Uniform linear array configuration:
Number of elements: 24
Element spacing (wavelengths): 0.25
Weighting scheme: hann
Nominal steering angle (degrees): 45
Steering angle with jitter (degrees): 44.012
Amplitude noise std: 0.05
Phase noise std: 0.05

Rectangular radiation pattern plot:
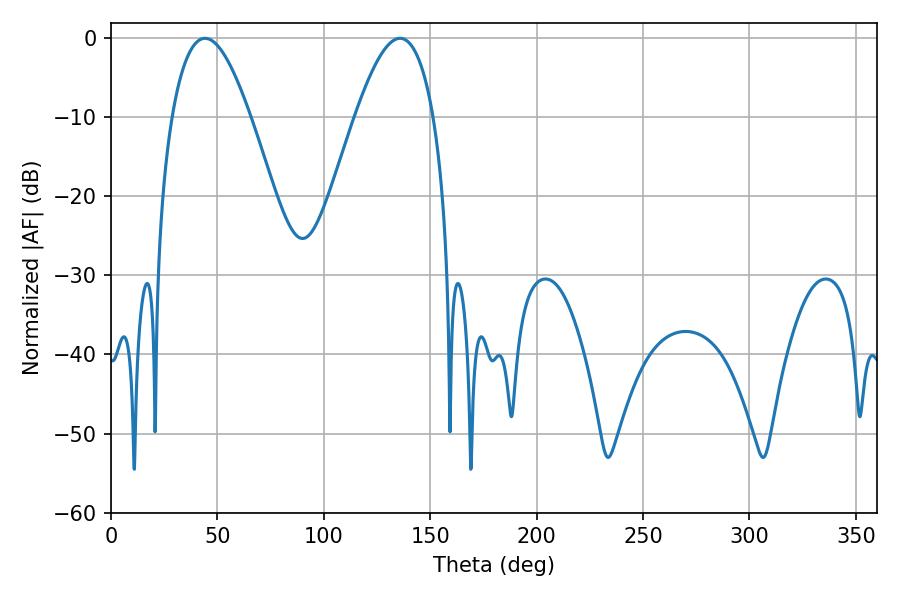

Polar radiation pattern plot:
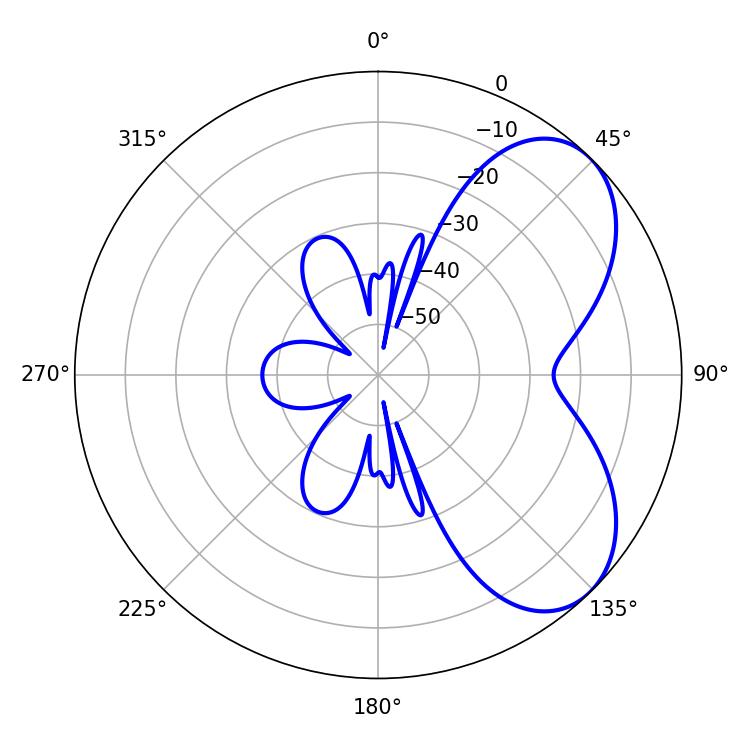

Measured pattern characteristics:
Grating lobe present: FALSE
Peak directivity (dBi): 5.69
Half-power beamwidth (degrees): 19.98
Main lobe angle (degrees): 44.1